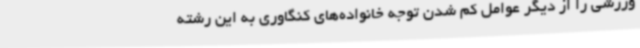
ورزشی را از دیگر عوامل کم شدن توجه خانواده‌های کنگاوری به این رشته